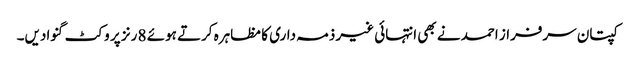
کپتان سرفراز احمد نے بھی انتہائی غیر ذمہ داری کا مظاہرہ کرتے ہوئے 8 رنز پر وکٹ گنوادیں۔